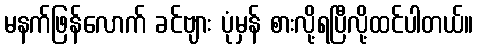
မနက်ဖြန်လောက် ခင်ဗျား ပုံမှန် စားလို့ရပြီလို့ထင်ပါတယ်။